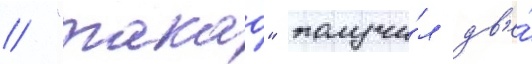
// "такао" получи́л дв'е́